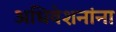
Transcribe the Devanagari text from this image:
अधिवेशनांना